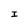
Character: I